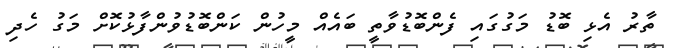
ތާރު އެޅި ބޮޑު މަގުގައި ފެންބޮޑުވާތީ ބައެއް މީހުން ކަންބޮޑުވުންފާޅުކޮށް މަގު ހެދި